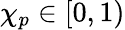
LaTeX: \chi_{p}\in[0,1)